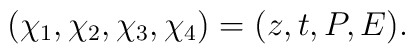
\left(\chi_{1}, \chi_{2}, \chi_{3}, \chi_{4} \right) = (z, t, P, E ) .